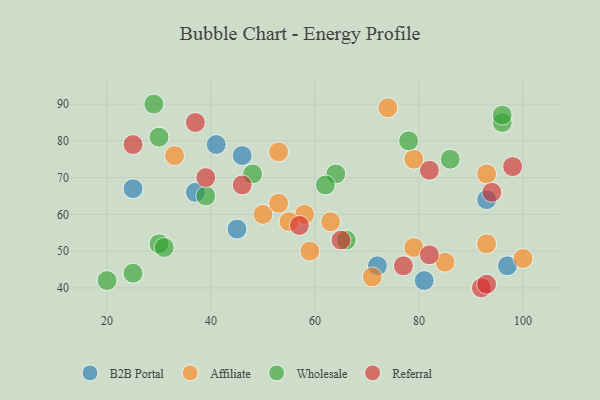
{"axis": {"x": "GDP", "y": "Life Expectancy"}, "legend": ["Affiliate", "B2B Portal", "Referral", "Wholesale"], "data": [{"x": "45", "y": 56, "type": "B2B Portal"}, {"x": "97", "y": 46, "type": "B2B Portal"}, {"x": "81", "y": 42, "type": "B2B Portal"}, {"x": "46", "y": 76, "type": "B2B Portal"}, {"x": "93", "y": 64, "type": "B2B Portal"}, {"x": "41", "y": 79, "type": "B2B Portal"}, {"x": "25", "y": 67, "type": "B2B Portal"}, {"x": "37", "y": 66, "type": "B2B Portal"}, {"x": "72", "y": 46, "type": "B2B Portal"}, {"x": "79", "y": 75, "type": "Affiliate"}, {"x": "50", "y": 60, "type": "Affiliate"}, {"x": "93", "y": 52, "type": "Affiliate"}, {"x": "100", "y": 48, "type": "Affiliate"}, {"x": "93", "y": 71, "type": "Affiliate"}, {"x": "74", "y": 89, "type": "Affiliate"}, {"x": "58", "y": 60, "type": "Affiliate"}, {"x": "85", "y": 47, "type": "Affiliate"}, {"x": "55", "y": 58, "type": "Affiliate"}, {"x": "33", "y": 76, "type": "Affiliate"}, {"x": "59", "y": 50, "type": "Affiliate"}, {"x": "53", "y": 77, "type": "Affiliate"}, {"x": "71", "y": 43, "type": "Affiliate"}, {"x": "63", "y": 58, "type": "Affiliate"}, {"x": "53", "y": 63, "type": "Affiliate"}, {"x": "79", "y": 51, "type": "Affiliate"}, {"x": "30", "y": 52, "type": "Wholesale"}, {"x": "66", "y": 53, "type": "Wholesale"}, {"x": "29", "y": 90, "type": "Wholesale"}, {"x": "20", "y": 42, "type": "Wholesale"}, {"x": "39", "y": 65, "type": "Wholesale"}, {"x": "25", "y": 44, "type": "Wholesale"}, {"x": "48", "y": 71, "type": "Wholesale"}, {"x": "64", "y": 71, "type": "Wholesale"}, {"x": "86", "y": 75, "type": "Wholesale"}, {"x": "31", "y": 51, "type": "Wholesale"}, {"x": "30", "y": 81, "type": "Wholesale"}, {"x": "96", "y": 85, "type": "Wholesale"}, {"x": "62", "y": 68, "type": "Wholesale"}, {"x": "96", "y": 87, "type": "Wholesale"}, {"x": "78", "y": 80, "type": "Wholesale"}, {"x": "92", "y": 40, "type": "Referral"}, {"x": "94", "y": 66, "type": "Referral"}, {"x": "46", "y": 68, "type": "Referral"}, {"x": "37", "y": 85, "type": "Referral"}, {"x": "82", "y": 49, "type": "Referral"}, {"x": "82", "y": 72, "type": "Referral"}, {"x": "77", "y": 46, "type": "Referral"}, {"x": "25", "y": 79, "type": "Referral"}, {"x": "57", "y": 57, "type": "Referral"}, {"x": "39", "y": 70, "type": "Referral"}, {"x": "65", "y": 53, "type": "Referral"}, {"x": "93", "y": 41, "type": "Referral"}, {"x": "98", "y": 73, "type": "Referral"}]}